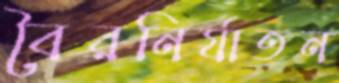
বৈরনির্যাতন